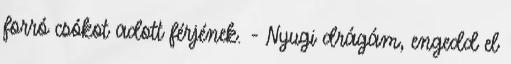
forró csókot adott férjének. - Nyugi drágám, engedd el